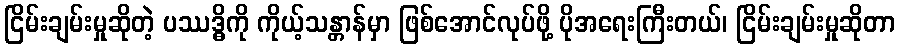
ငြိမ်းချမ်းမှုဆိုတဲ့ ပဿဒ္ဓိကို ကိုယ့်သန္တာန်မှာ ဖြစ်အောင်လုပ်ဖို့ ပိုအရေးကြီးတယ်၊ ငြိမ်းချမ်းမှုဆိုတာ